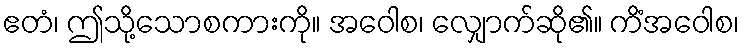
ဧတံ၊ ဤသို့သောစကားကို။ အဝေါစ၊ လျှောက်ဆို၏။ ကိံအဝေါစ၊